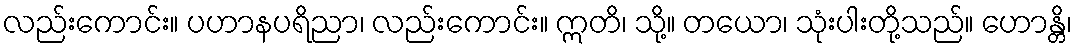
လည်းကောင်း။ ပဟာနပရိညာ၊ လည်းကောင်း။ ဣတိ၊ သို့။ တယော၊ သုံးပါးတို့သည်။ ဟောန္တိ၊